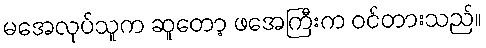
မအေလုပ်သူက ဆူတော့ ဖအေကြီးက ဝင်တားသည်။